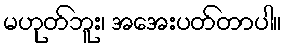
မဟုတ်ဘူး၊ အအေးပတ်တာပါ။